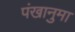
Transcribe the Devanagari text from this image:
पंखानुमा